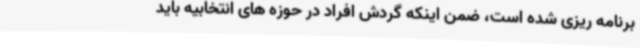
برنامه ریزی شده است، ضمن اینکه گردش افراد در حوزه های انتخابیه باید